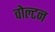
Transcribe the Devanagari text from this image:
वोल्टन